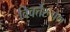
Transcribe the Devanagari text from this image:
विवर्त्तरूपेण